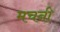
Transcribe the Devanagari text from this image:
मचनी